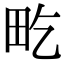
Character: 𤰢